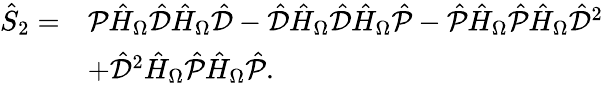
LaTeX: \begin{array}{rl}{\hat{S}_{2}=}&{\mathcal{P}\hat{H}_{\Omega}\hat{\mathcal{D}}\hat{H}_{\Omega}\hat{\mathcal{D}}-\hat{\mathcal{D}}\hat{H}_{\Omega}\hat{\mathcal{D}}\hat{H}_{\Omega}\hat{\mathcal{P}}-\hat{\mathcal{P}}\hat{H}_{\Omega}\hat{\mathcal{P}}\hat{H}_{\Omega}\hat{\mathcal{D}}^{2}}\\ &{+\hat{\mathcal{D}}^{2}\hat{H}_{\Omega}\hat{\mathcal{P}}\hat{H}_{\Omega}\hat{\mathcal{P}}.}\end{array}